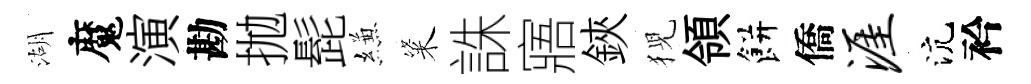
湖魔演勘拋髭縑粢誅寤鋏猊領餅僑涯沆衿